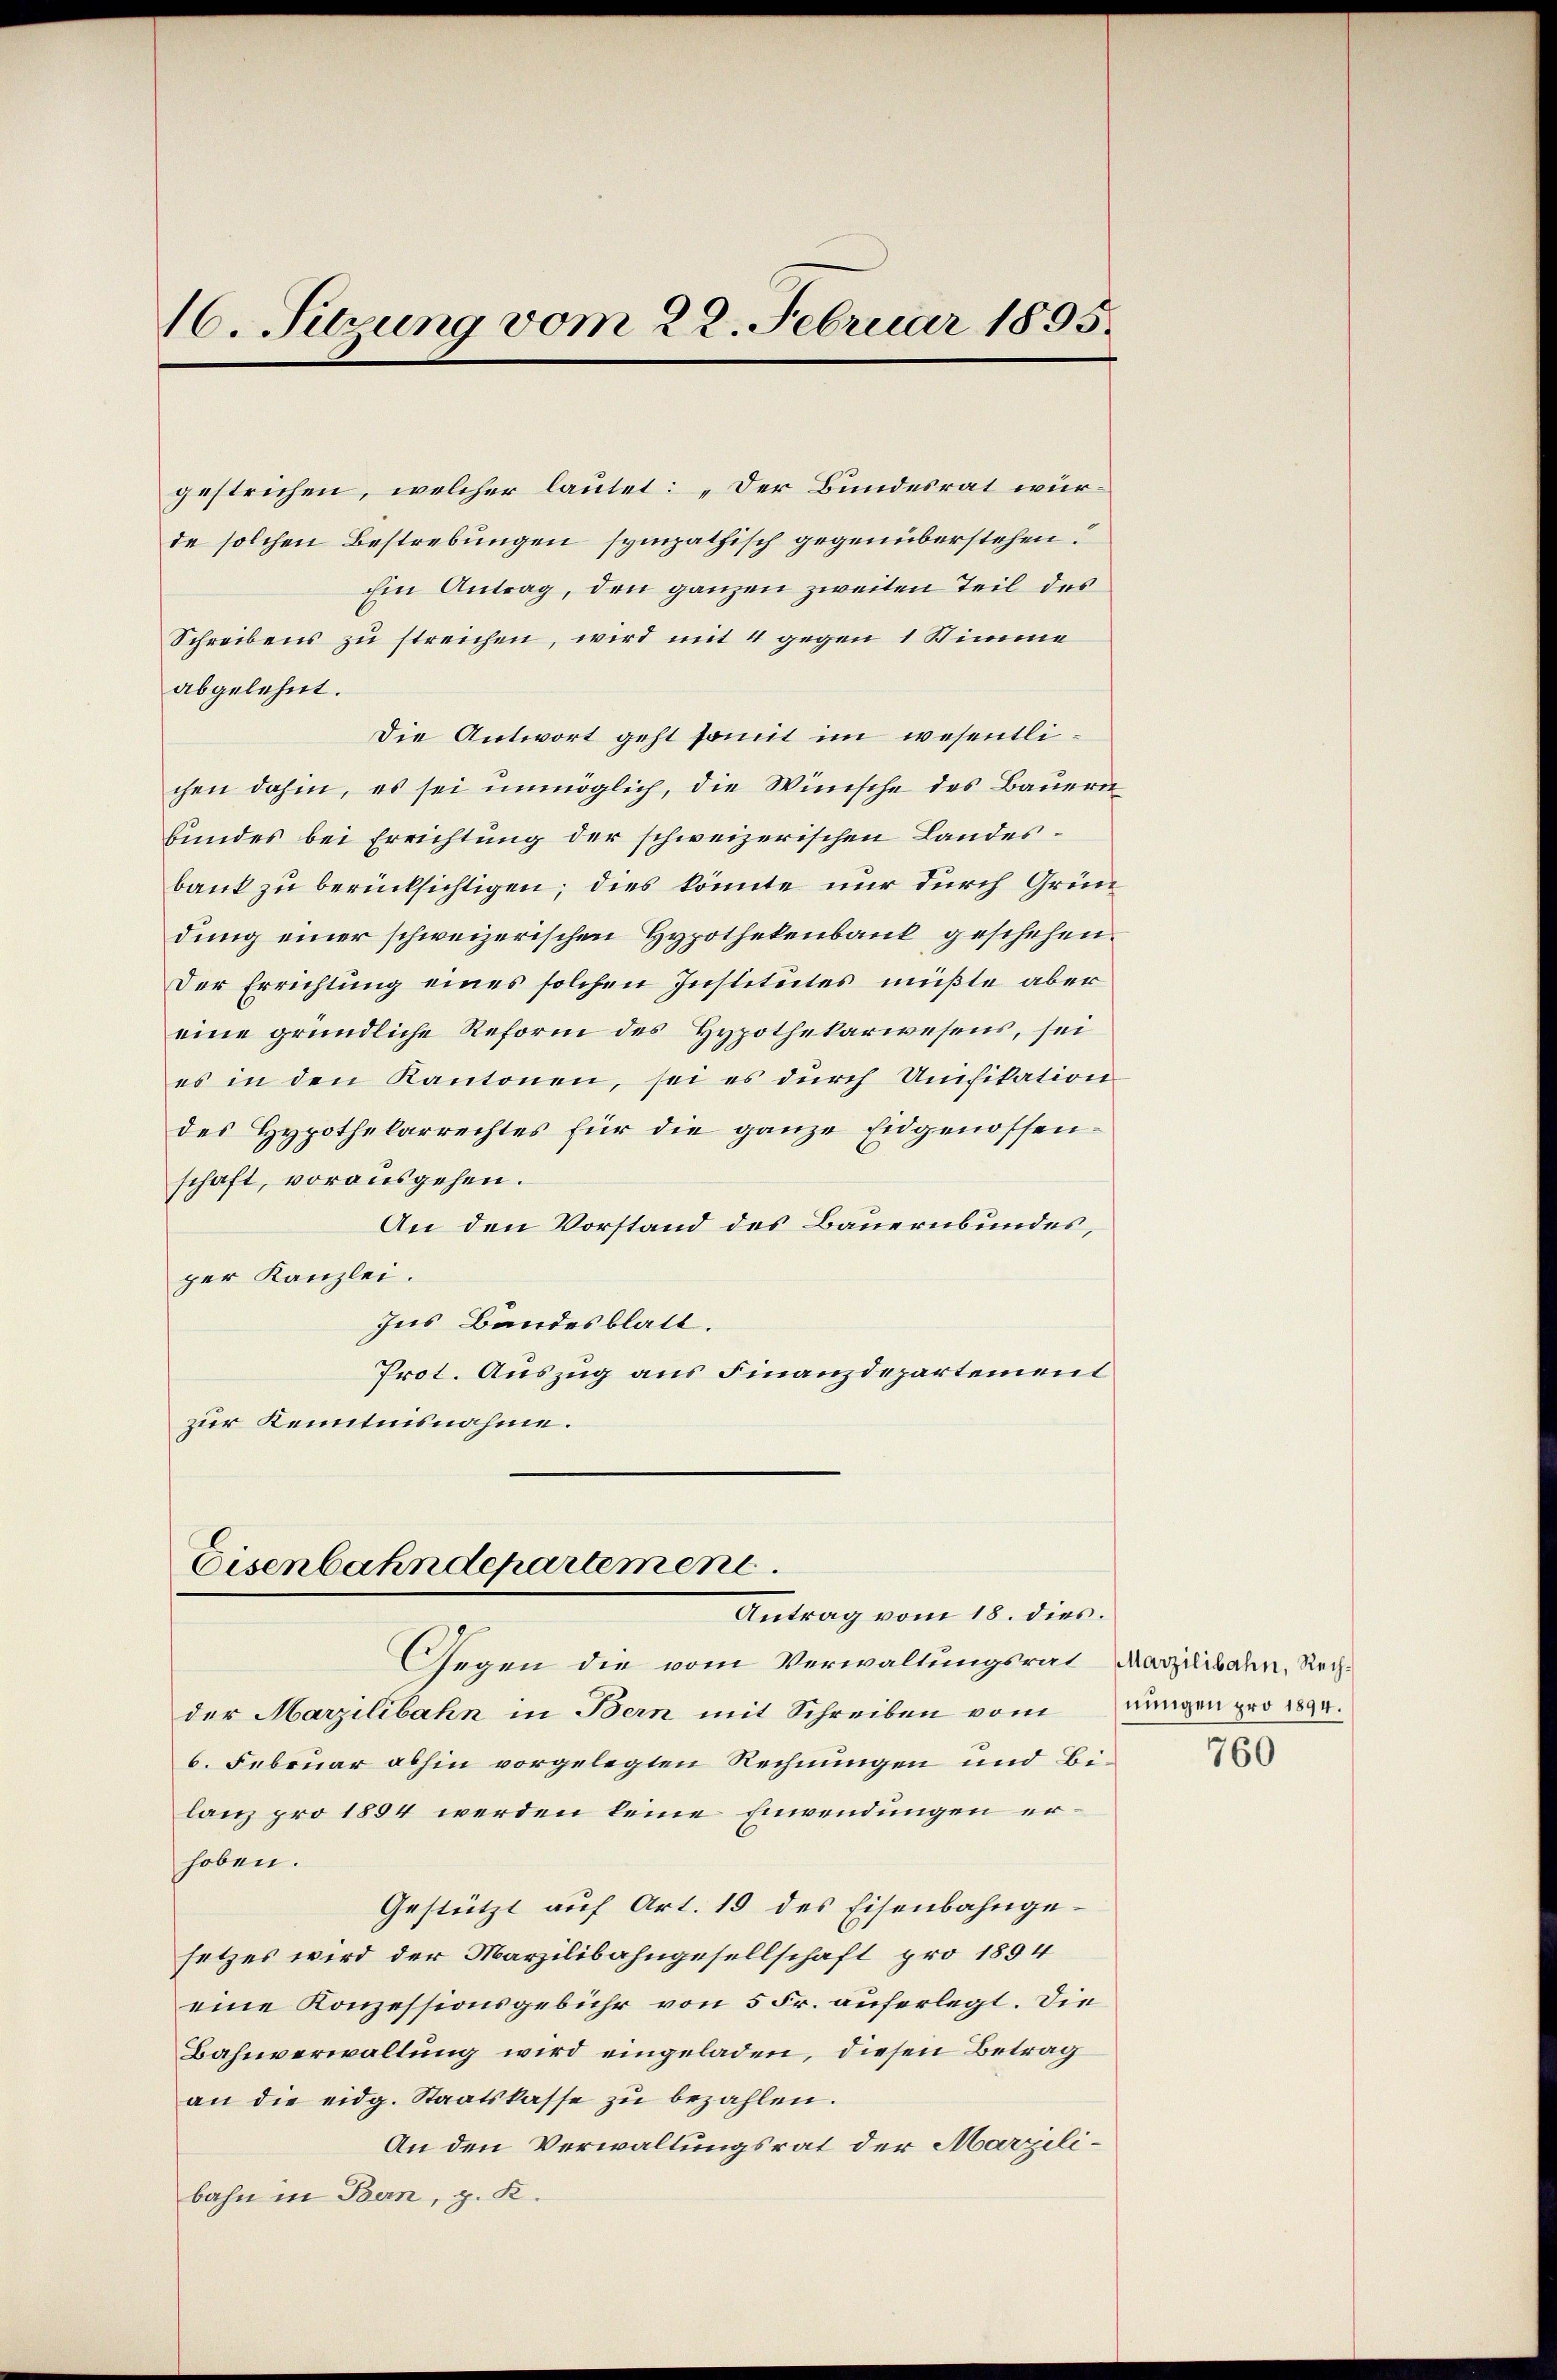
16. Sitzung vom 22. Februar 1895.

gestrichen, welcher lautet: „Der Bundesrat wurde solchen Bestrebungen sympathisch gegenüberstehen.
Ein Antrag, den ganzen zweiten Teil des
Schreibens zu streichen, wird mit 4 gegen 1 Stimme
abgelehnt.
Die Antwort geht somit im wesentlichen dahin, es sei unmöglich, die Winische des Bauern
bundes bei Errichtung der schweizerischen Landesbank zu berücksichtigen; dies könnte nur durch Gründung einer schweizerischen Hypothekenbank geschehen.
Der Errichtung eines solchen Institutes müßte aber
eine gründliche Reform des Hypothekarwesens, sei
es in den Kantonen, sei es durch Unifikation
des Hypothekarrechtes für die ganze Eidgenossenschaft, vorausgehen.
An den Vorstand des Bauernbundes,
per Kanzlei.
Ins Bandesblatt.
Prot. Auszug aus Finanzdepartement
zur Kenntnisnahme.

Eisenbahndepartement
Antrag vom 18. dies

Gegen die vom Verwaltungsrat Marzilibahn, Rechder Marzilibahn in Bern mit Schreiben vom
6. Februar abhin vorgelegten Rechnungen und Bilanz pro 1894 werden keine Einwendungen erhoben.
Gestützt auf Art. 19 des Eisenbahngesetzes wird der Marzilibahngesellschaft pro 1894
eine Konzessionsgebühr von 5 Fr. auferlegt. Die
Bahnverwaltung wird eingeladen, diesen Betrag
an die eidg. Staatskasse zu bezahlen.
An den Verwaltungsrat der Marzilibahn in Bern, p. K.

nungen pro 1894.
760